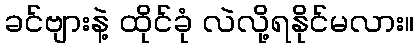
ခင်ဗျားနဲ့ ထိုင်ခုံ လဲလို့ရနိုင်မလား။